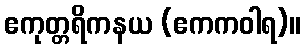
ဧကုတ္တရိကနယ (ဧကကဝါရ)။